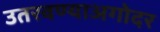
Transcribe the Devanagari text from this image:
उतरवण्याअगोदर